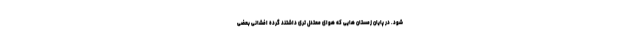
شود. در پایان زمستان هایی که هوای معتدل تری داشتند گرده افشانی بعضی